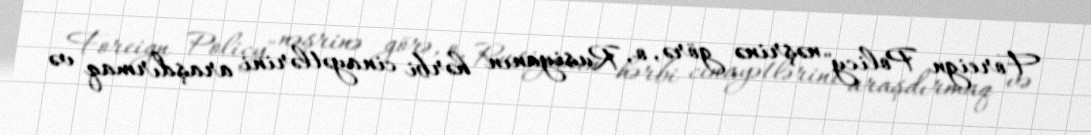
Foreign Policy" nəşrinə görə, o, Rusiyanın hərbi cinayətlərini araşdırmaq və